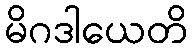
မိဂဒါယေတိ